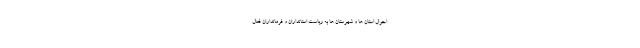
احوال استان ها و شهرستان ها به ریاست استانداران و فرمانداران فعال